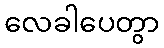
လေခါပေတွာ